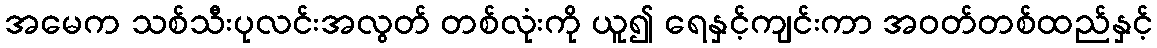
အမေက သစ်သီးပုလင်းအလွတ် တစ်လုံးကို ယူ၍ ရေနှင့်ကျင်းကာ အဝတ်တစ်ထည်နှင့်